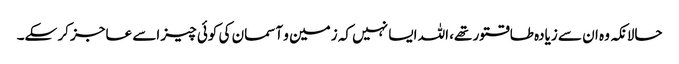
حالانکہ وہ ان سے زیادہ طاقتور تھے، اللہ ایسا نہیں کہ زمین و آسمان کی کوئی چیز اسے عاجز کر سکے۔